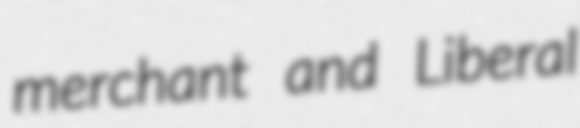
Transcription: merchant and Liberal